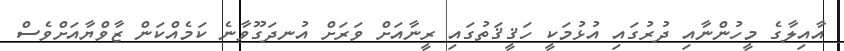
އާއިލާގެ މީހުންނާއި ދުރުގައި އުޅުމަކީ ހަޤީޤަތުގައި ރީނާއަށް ވަރަށް އުނދަގޫވާނެ ކަމެއްކަން ޒާވްޔާއަށްވެސް